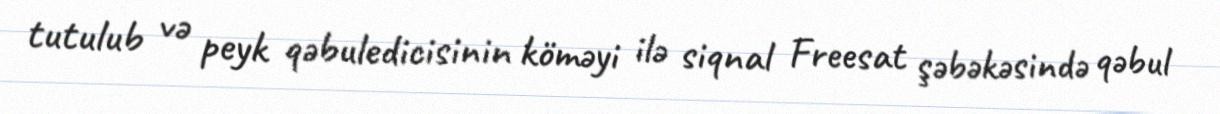
tutulub və peyk qəbuledicisinin köməyi ilə siqnal Freesat şəbəkəsində qəbul